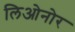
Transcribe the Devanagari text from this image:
लिओनोर